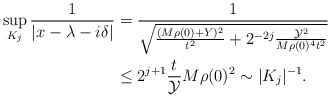
\begin{align*} \sup_{K_j} \frac{ 1 }{ |x- \lambda - i\delta|} &= \frac{1}{ \sqrt{ \frac{ (M\rho (0) + Y )^2 }{t^2} + 2^{-2j} \frac{\mathcal{Y} ^2}{M\rho(0)^4 t^2} } } \\ &\leq 2^{j+1} \frac{t}{\mathcal{Y}} M\rho (0)^2 \sim |K_j|^{-1}.\end{align*}